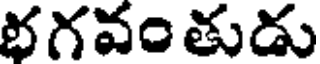
భగవం తుడు